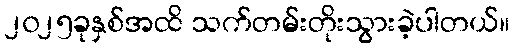
၂၀၂၅ခုနှစ်အထိ သက်တမ်းတိုးသွားခဲ့ပါတယ်။